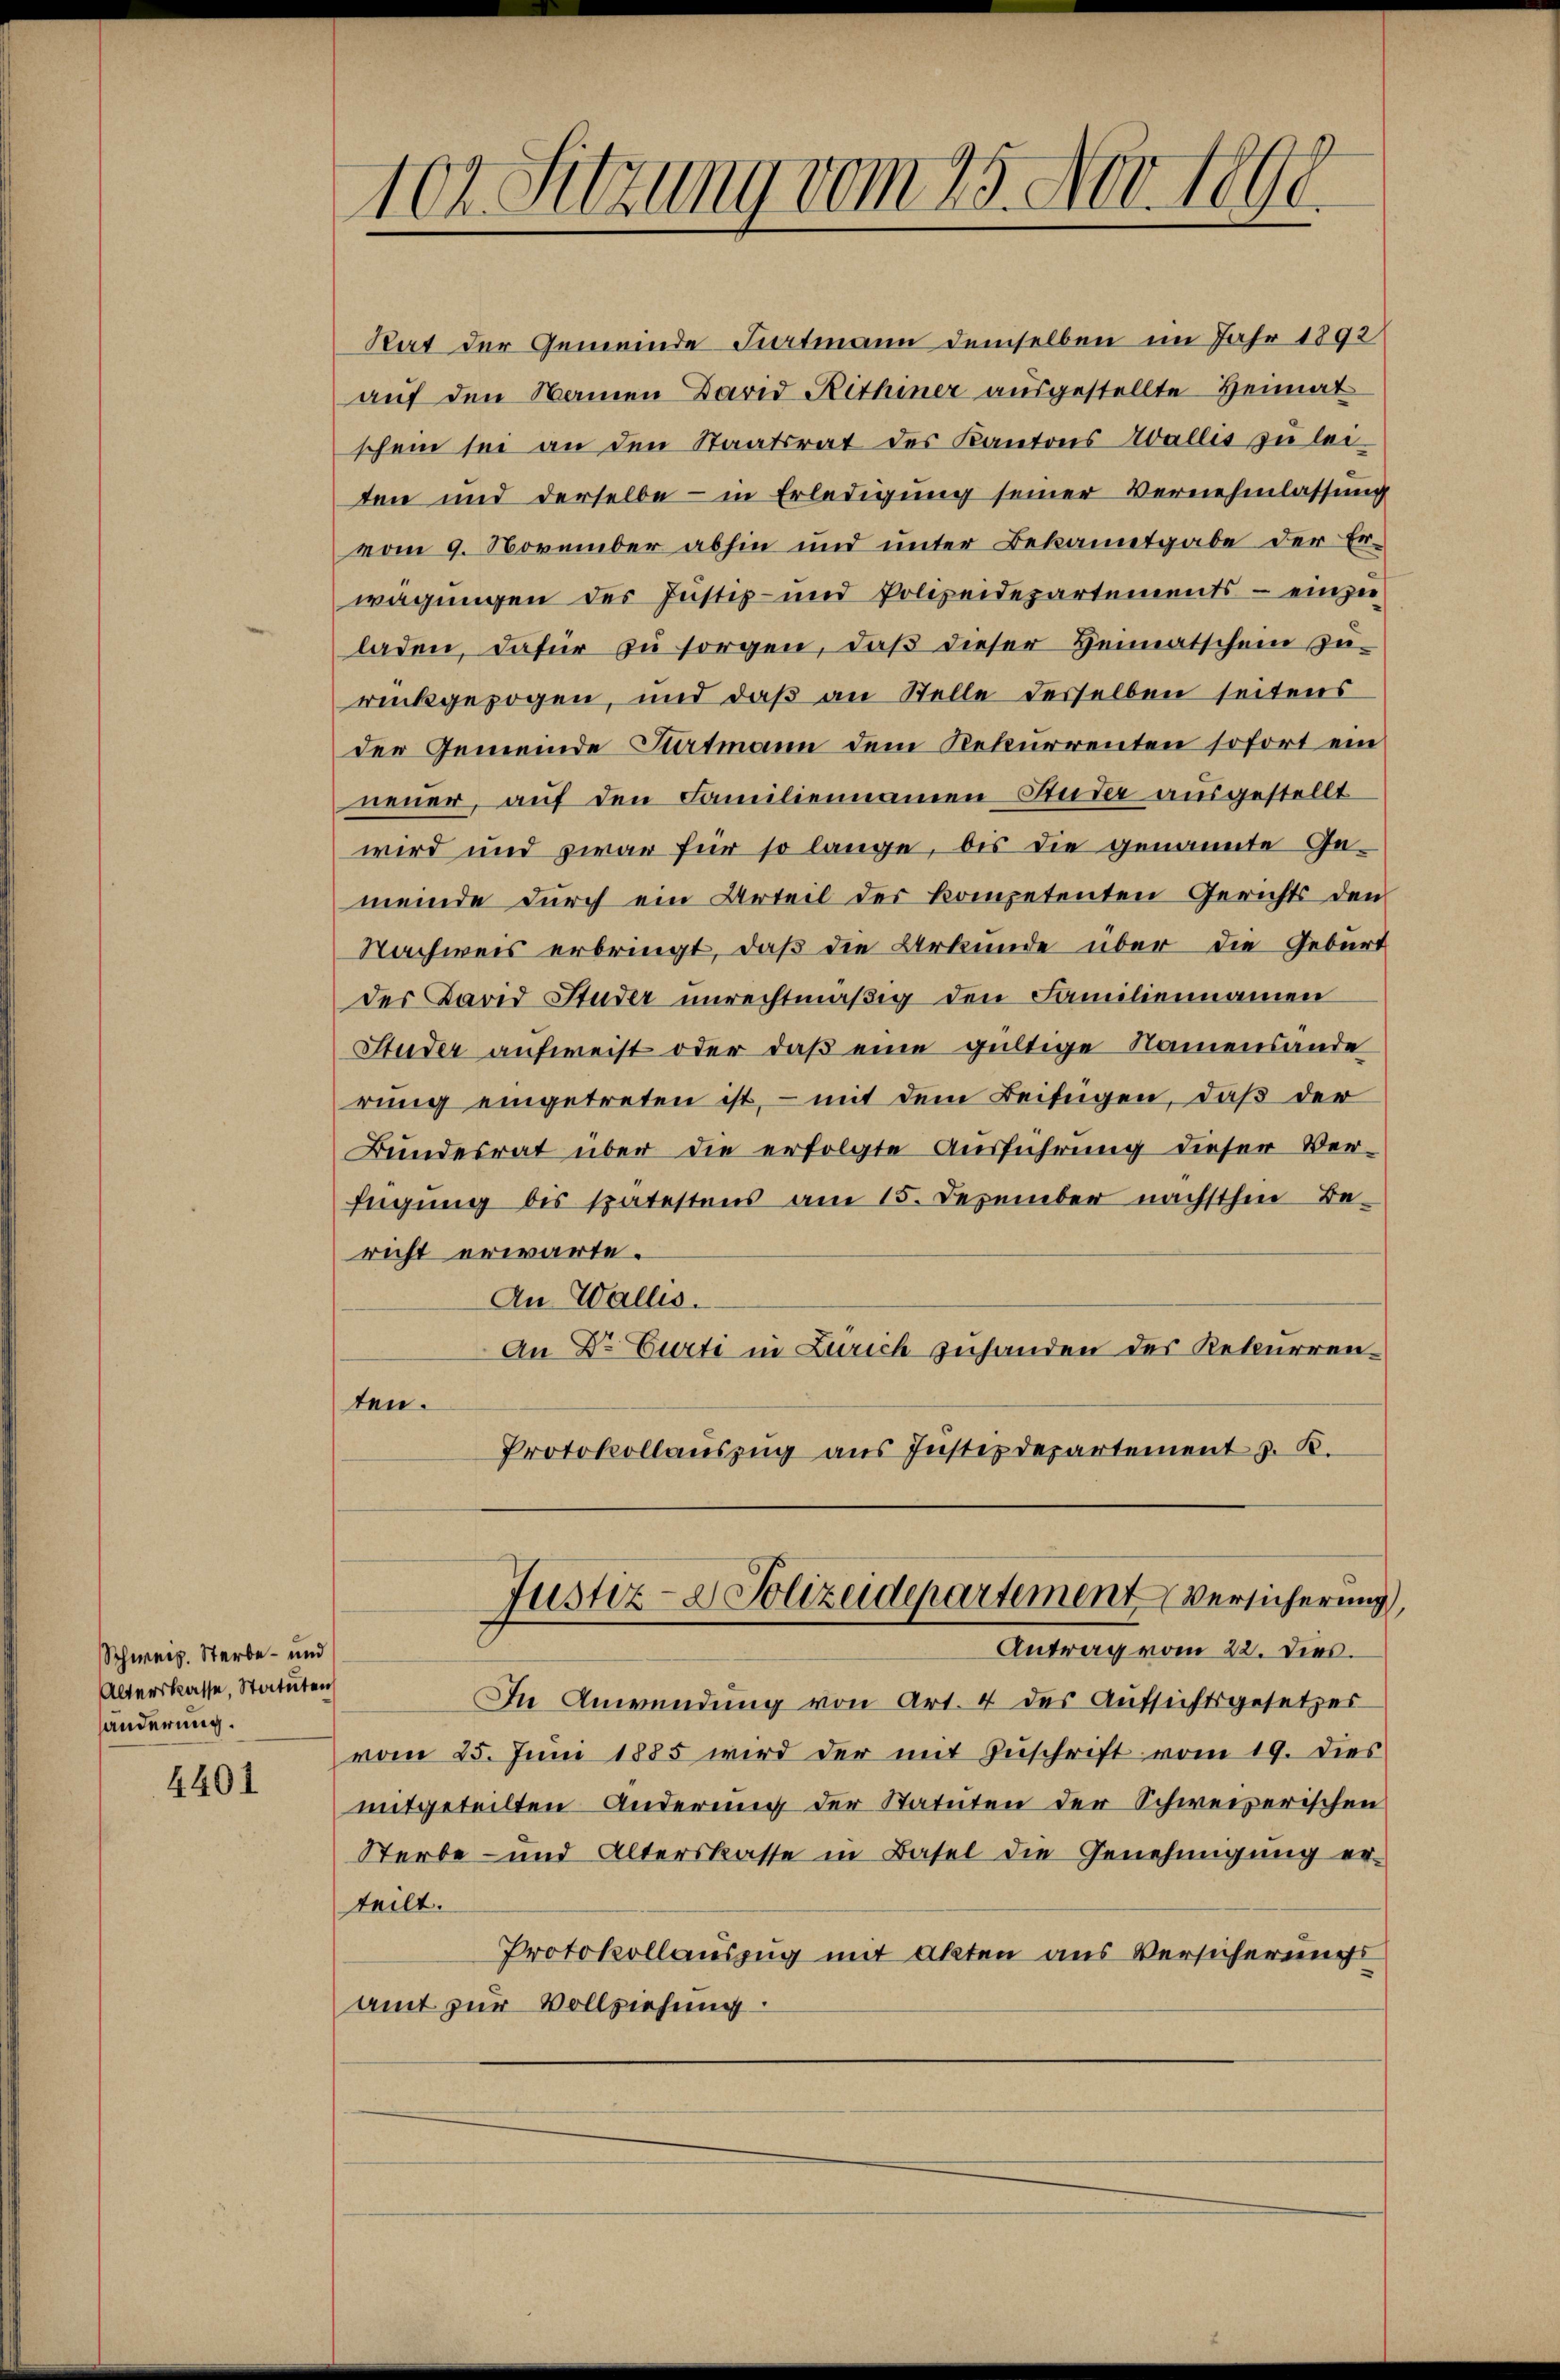
Schweiz. Sterbe- und
Alterskasse, Statuten
änderung.

4401

102. Sitzung vom 25. Nov. 1890

Rat der Gemeinde Kartmann demselben im Jahr 1892
auf den Namen David Rithiner ausgestellte Heimat
schein sei an den Staatsrat des Kantons Wallis zu leiten und derselbe - in Erledigung seiner Vernehmlassung
vom 9. November abhin und unter Bekanntgabe der Erwägungen des Justiz- und Polizeidepartements - einzu-
laden, dafür zŭ sorgen, daβ dieser Heimatschem Zu-
rückgezogen, und daß an Stelle desselben seitens
der Gemeinde Statmann dem Rekurrenten sofort ein
neuer, auf den Familiennamen Studer ausgestellt
wird und zwar für so lange, bis die genannte Ge-
meinde durch ein Urteil des kompetenten Gerichts den
Nachweis erbringt, daß die Urkunde über die Geburt
des David Studer unrechtmäßig den Familiennamen
Studer aufweist oder daß eine gültige Namensände
rung eingetreten ist, – mit dem Beifügen, daß der
Bundesrat über die erfolgte Ausführung dieser Ver-
fügung bis spätestens am 15. Dezember nächsthin Be-
richt erwarte.
An Wallis.
An Dr Curti in Zürich zuhanden des Rekurrenten.
Protokollaŭszŭg ans Justizdepartement z. K.

In Anwendŭng von Art. 4 des Aŭfsichtsgesetzes
vom 25. Juni 1885 wird der mit Zuschrift vom 19. dies
mitgeteilten Anderung der Statuten der Schweizerischen
Sterbe- und Alterskasse in Basel die Genehmigung er-
teilt.
Protokollauszug mit akten aus Versicherungs
amt zur Vollziehung

Justiz- & Polizeidepartement Versicherung,
Antrag vom 22. Dies